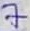
Text: 7